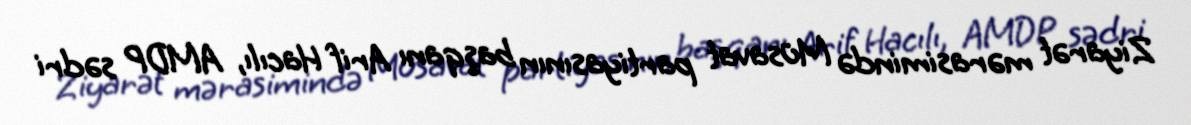
Ziyarət mərasimində Müsavat partiyasının başqanı Arif Hacılı, AMDP sədri